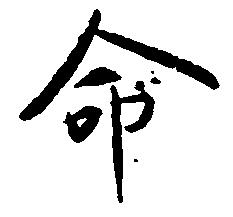
命